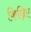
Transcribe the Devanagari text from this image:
किन्निए